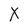
Character: X